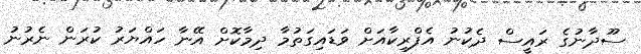
ސޫދާނުގެ ރައީސް ދެކުނު އެފްރިކާއަށް ވަޑައިގަތުމާ ދިމާކޮށް އޭނާ ހައްޔަރު ކުރަން ނެރުނު